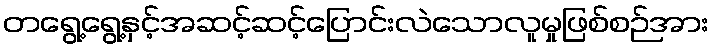
တရွေ့ရွေ့နှင့်အဆင့်ဆင့်ပြောင်းလဲသောလူမှုဖြစ်စဉ်အား